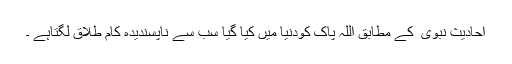
احادیثِ نبوی ؐ کے مطابق اللہ پاک کودنیا میں کیا گیا سب سے ناپسندیدہ کام طلاق لگتاہے ۔